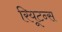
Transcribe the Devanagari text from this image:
रियूटन्स